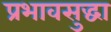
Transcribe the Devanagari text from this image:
प्रभावसुद्धा